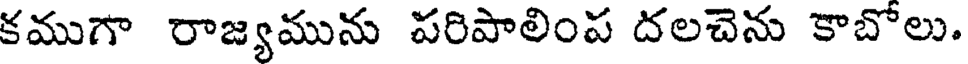
కముగా రాజ్యమును పరిపాలింప దలచెను కాబోలు.